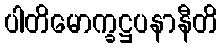
ပါတိမောက္ခဋ္ဌပနာနီတိ